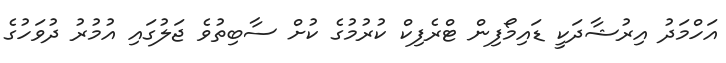
އަހްމަދު އިރުޝާދަކީ ޑައިމޯފިން ޓްރެފިކް ކުރުމުގެ ކުށް ސާބިތުވެ ޖަލުގައި އުމުރު ދުވަހުގެ